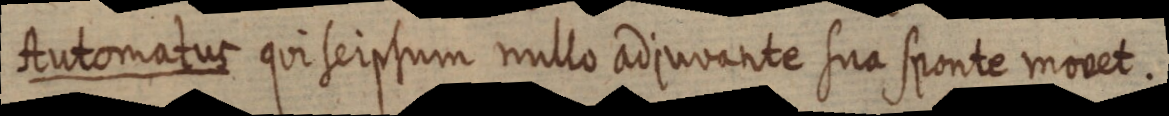
Automatus qui seipsum nullo adjuvante sua sponte movet.